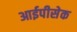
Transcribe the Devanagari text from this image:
आईपीसेक